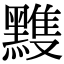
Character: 𪒊